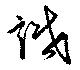
識